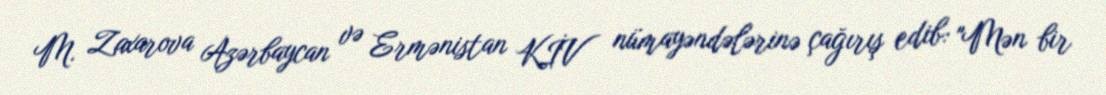
M. Zaxarova Azərbaycan və Ermənistan KİV nümayəndələrinə çağırış edib: "Mən bir